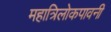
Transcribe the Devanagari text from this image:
महात्रिलोकपावनी